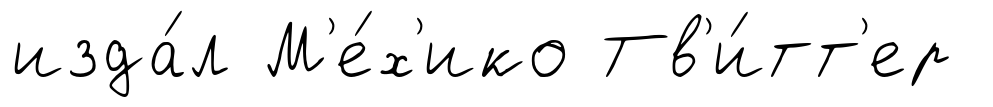
изда́л М'е́х'ико Тв'и́тт'ер